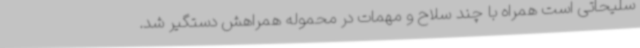
سلیحاتی است همراه با چند سلاح و مهمات در محموله همراهش دستگیر شد.